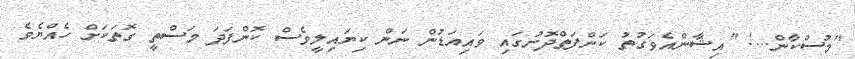
"މުސްކާން...! "އިޝާންއެވަގުތު ކަންފަތްދޮށުގައި ވައިއަޑުން ނަން ކިޔައިލީވެސް ކޮންފަދަ މަސްތީ ގޮތަކަށް ހެއްޔެވެ